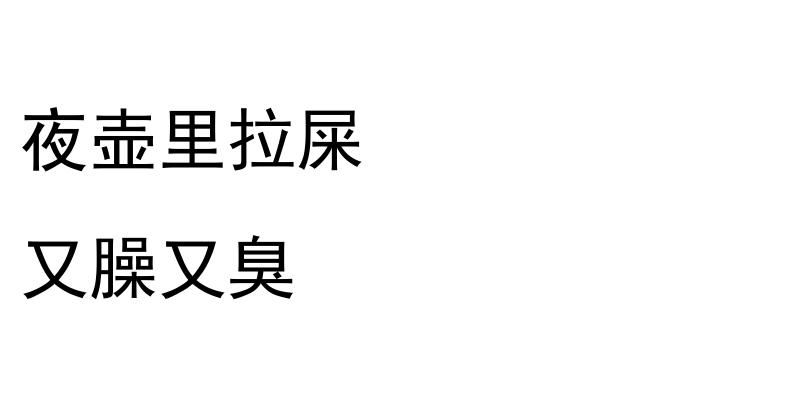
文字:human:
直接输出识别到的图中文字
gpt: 夜壶里拉屎 又臊又臭